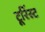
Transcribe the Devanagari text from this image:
टूरिंस्ट